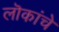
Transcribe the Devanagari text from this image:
लॊकांचे